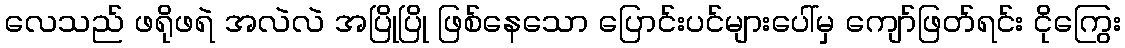
လေသည် ဖရိုဖရဲ အလဲလဲ အပြိုပြို ဖြစ်နေသော ပြောင်းပင်များပေါ်မှ ကျော်ဖြတ်ရင်း ငိုကြွေး